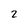
Character: 2